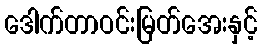
ဒေါက်တာဝင်းမြတ်အေးနှင့်